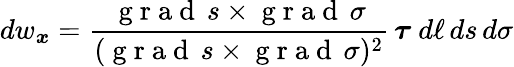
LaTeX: dw_{\boldsymbol x}=\frac{\mathrm{~g~r~a~d~}\, s\times\mathrm{~g~r~a~d~}\, \sigma}{(\mathrm{~g~r~a~d~}\, s\times\mathrm{~g~r~a~d~}\, \sigma)^{2}}\, \boldsymbol\tau\ d\ell\, ds\, d\sigma